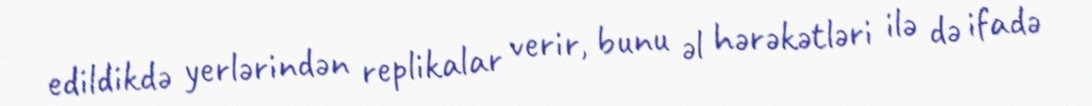
edildikdə yerlərindən replikalar verir, bunu əl hərəkətləri ilə də ifadə